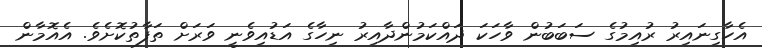
އެހާގިނައިރު ރުއިމުގެ ސަބަބުން ވާހަކަ ދައްކަމުންދާއިރު ނިހާގެ އަޑުއިވެނީ ވަރަށް ތަފާތުކޮށެވެ. އެއޮމާން